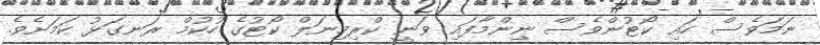
ނަމަވެސް ހައި ކޯޓުންވެސް ނިންމާފައި ވަނީ ކްރިމިނަލް ކޯޓުގެ ހުކުމް ރަނގަޅު ކަމަށެވެ.